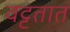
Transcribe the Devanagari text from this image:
वट्टतात